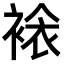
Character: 𧛄